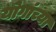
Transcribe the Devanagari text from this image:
योगांच्या